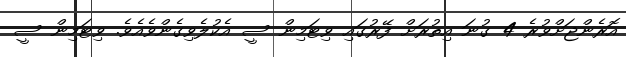
އޮރެންޖަށްވުރެ 4 ގުނަ އިތުރަށް ފޭރުގައި ވިޓަމިން ސީ އެކުލެވިގެންވެއެވެ. ވިޓަމިން ސީ